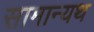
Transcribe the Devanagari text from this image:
सामान्यथ